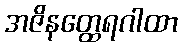
အဇိနတ္ထေရဂါထာ